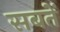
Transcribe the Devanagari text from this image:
सबतें